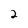
Character: 2